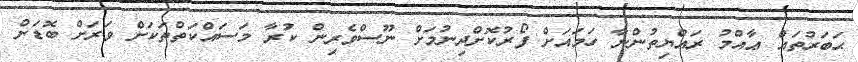
ޙަބަރުތައް ޢާއްމު ރައްޔިތުންނާ ހަމައަށް ފޯރުކޮށްދިނުމަށް ނޫސްވެރިން ކުރާ މަސައްކަތްތަކަށް ވަރަށް ބޮޑަށް